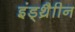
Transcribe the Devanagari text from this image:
इंड्थ्रैाीन